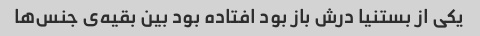
یکی از بستنیا درش باز بود افتاده بود بین بقیه‌ی جنس‌ها